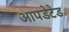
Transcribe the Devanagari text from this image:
आपडेटेड